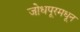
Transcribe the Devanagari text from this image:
जोधपूरमधून